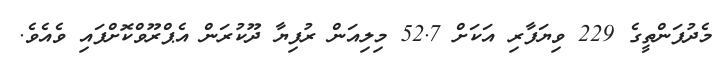
މެދުފަންތީގެ 229 ވިޔަފާރި އަކަށް 52.7 މިލިއަން ރުފިޔާ ދޫކުރަން އެޕްރޫވްކޮށްފައި ވެއެވެ.